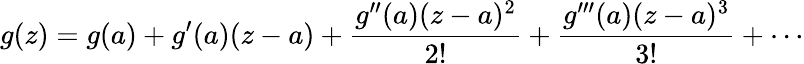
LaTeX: g(z)=g(a)+g^{\prime}(a)(z-a)+{\frac{g^{\prime\prime}(a)(z-a)^{2}}{2!}}+{\frac{g^{\prime\prime\prime}(a)(z-a)^{3}}{3!}}+\cdots